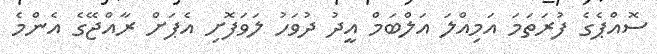
ސޮއްޕެގެ ފުރަތަމަ އަމިއްލަ އަލްބަމް އީދު ދުވަހު ލަވަފޮށި އެޕަށް ރާއްޖޭގެ އެންމެ